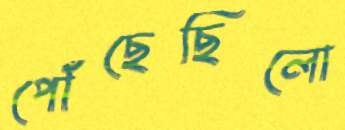
পৌঁছেছিলো